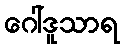
ဂေါ်ဒူသာရ